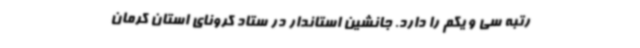
رتبه سی و یکم را دارد. جانشین استاندار در ستاد کرونای استان کرمان